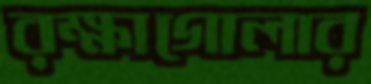
রক্ষাগোলার